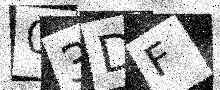
Text: 03DF